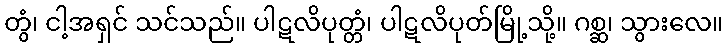
တွံ၊ ငါ့အရှင် သင်သည်။ ပါဋလိပုတ္တံ၊ ပါဋလိပုတ်မြို့သို့။ ဂစ္ဆ၊ သွားလေ။